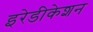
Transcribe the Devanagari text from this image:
इरेडीकेशन